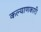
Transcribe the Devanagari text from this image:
कल्‍याणकारी